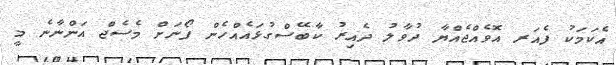
އެކަމަކު ފެއަރ އޮވެއްޖެއްޔާ ދުވާލު ދެއިރު ކާބޭސްގުޅައެއްހެން ފޯނަށް މެސެޖް އަންނާނެ މީ